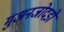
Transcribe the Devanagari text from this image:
मुअनजोदडो